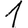
Digit: 1